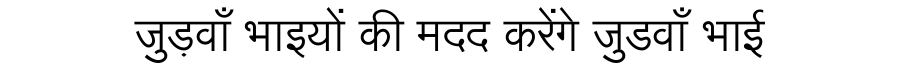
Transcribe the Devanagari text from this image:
जुड़वाँ भाइयों की मदद करेंगे जुडवाँ भाई